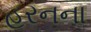
હરનના